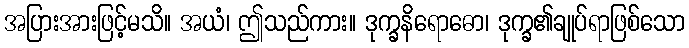
အပြားအားဖြင့်မသိ။ အယံ၊ ဤသည်ကား။ ဒုက္ခနိရောဓော၊ ဒုက္ခ၏ချုပ်ရာဖြစ်သော